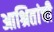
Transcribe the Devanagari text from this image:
आश्रितांची